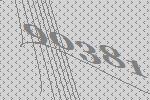
90381